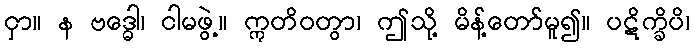
ငှာ။ န ဗဒ္ဓေါ၊ ငါမဖွဲ့။ ဣတိဝတွာ၊ ဤသို့ မိန့်တော်မူ၍။ ပဋိက္ခိပိ၊